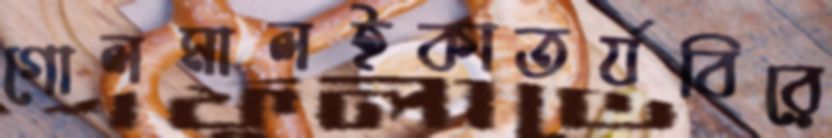
গোলমালইকাতর্যবিরে